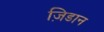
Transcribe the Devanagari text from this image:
ज़िडान